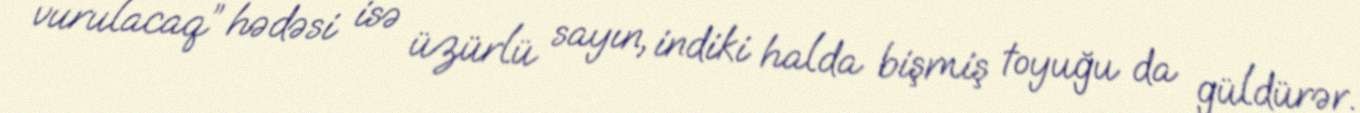
vurulacaq” hədəsi isə üzürlü sayın, indiki halda bişmiş toyuğu da güldürər.